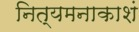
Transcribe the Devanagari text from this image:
नित्यमनाकाशं